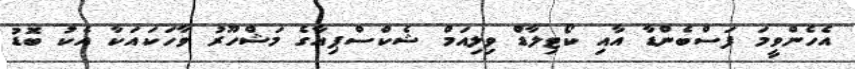
އެހެންވީމަ ފަސްބެންޑާ އާއި ކޯޓިލާޑް ވިލިއަމް ޝެކްސްޕިއާގެ މަޝްހޫރު ވާހަކައަކާ އެކު ބޮޑު